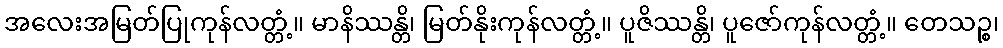
အလေးအမြတ်ပြုကုန်လတ္တံ့။ မာနိဿန္တိ၊ မြတ်နိုးကုန်လတ္တံ့။ ပူဇိဿန္တိ၊ ပူဇော်ကုန်လတ္တံ့။ တေသဉ္စ၊